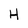
Character: H